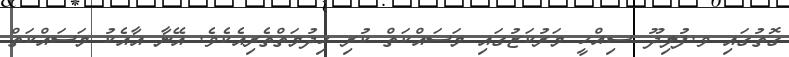
ގޮތުގައި ވ.ފުލިދޫ ސިއްހީ މަރުކަޒުގައި މަސައްކަތް ކުރި ޚިދުމަތްތެރިއެކެވެ. އޭނާ އާއެކު މަސައްކަތް